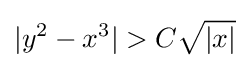
|y^{2}-x^{3}|>C{\sqrt {|x|}}